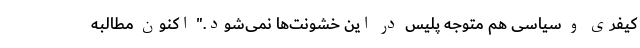
کیفری و سیاسی هم متوجه پلیس در این خشونت‌ها نمی‌شود." اکنون مطالبه